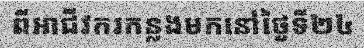
ពីអាជីវករកន្លងមកនៅថ្ងៃទី២៤